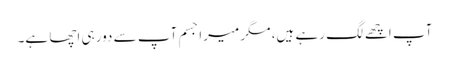
آپ اچھے لگ رہے ہیں، مگر میرا جسم آپ سے دور ہی اچھا ہے۔